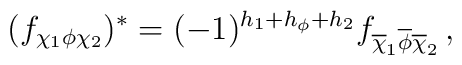
(f_{\chi_1\phi\chi_2})^\ast=(-1)^{h_1+h_\phi+h_2}f_{\overline\chi_1\overline\phi\overline\chi_2}\,,